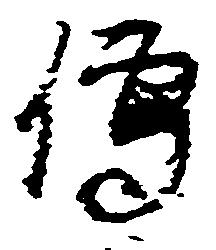
伝